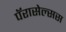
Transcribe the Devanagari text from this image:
पॅरासेल्सस